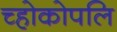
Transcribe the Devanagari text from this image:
च्होकोपलि